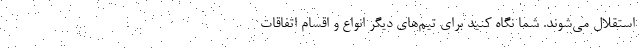
استقلال می‌شوند. شما نگاه کنید برای تیم‌های دیگر انواع و اقسام اتفاقات